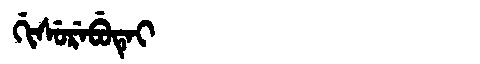
Manchu: ᡤᡳᠰᡠᡵᡝᠪᡠᡨᡝᡳ
Romanization: GISUREBUTEI